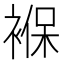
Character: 褓